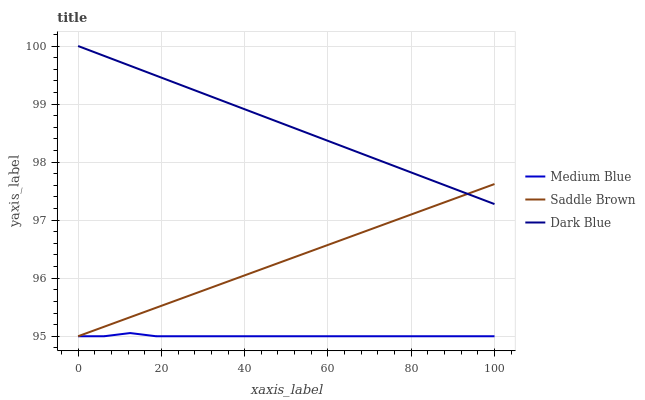
| xaxis_label | Medium Blue | Saddle Brown | Dark Blue |
 | --- | --- | --- | --- |
 | 0 | 95 | 95 | 100 |
 | 6.25 | 95 | 95.2 | 99.8 |
 | 12.5 | 95.1 | 95.3 | 99.7 |
 | 18.8 | 95 | 95.5 | 99.5 |
 | 25 | 95 | 95.7 | 99.3 |
 | 31.2 | 95 | 95.8 | 99.1 |
 | 37.5 | 95 | 96 | 99 |
 | 43.8 | 95 | 96.1 | 98.8 |
 | 50 | 95 | 96.3 | 98.6 |
 | 56.2 | 95 | 96.5 | 98.5 |
 | 62.5 | 95 | 96.6 | 98.3 |
 | 68.8 | 95 | 96.8 | 98.1 |
 | 75 | 95 | 97 | 98 |
 | 81.2 | 95 | 97.1 | 97.8 |
 | 87.5 | 95 | 97.3 | 97.6 |
 | 93.8 | 95 | 97.5 | 97.4 |
 | 100 | 95 | 97.6 | 97.3 |